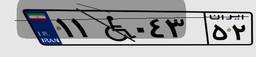
۹۵W۴۸۱۸۱